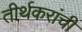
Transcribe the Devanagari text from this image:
तीर्थकरांची